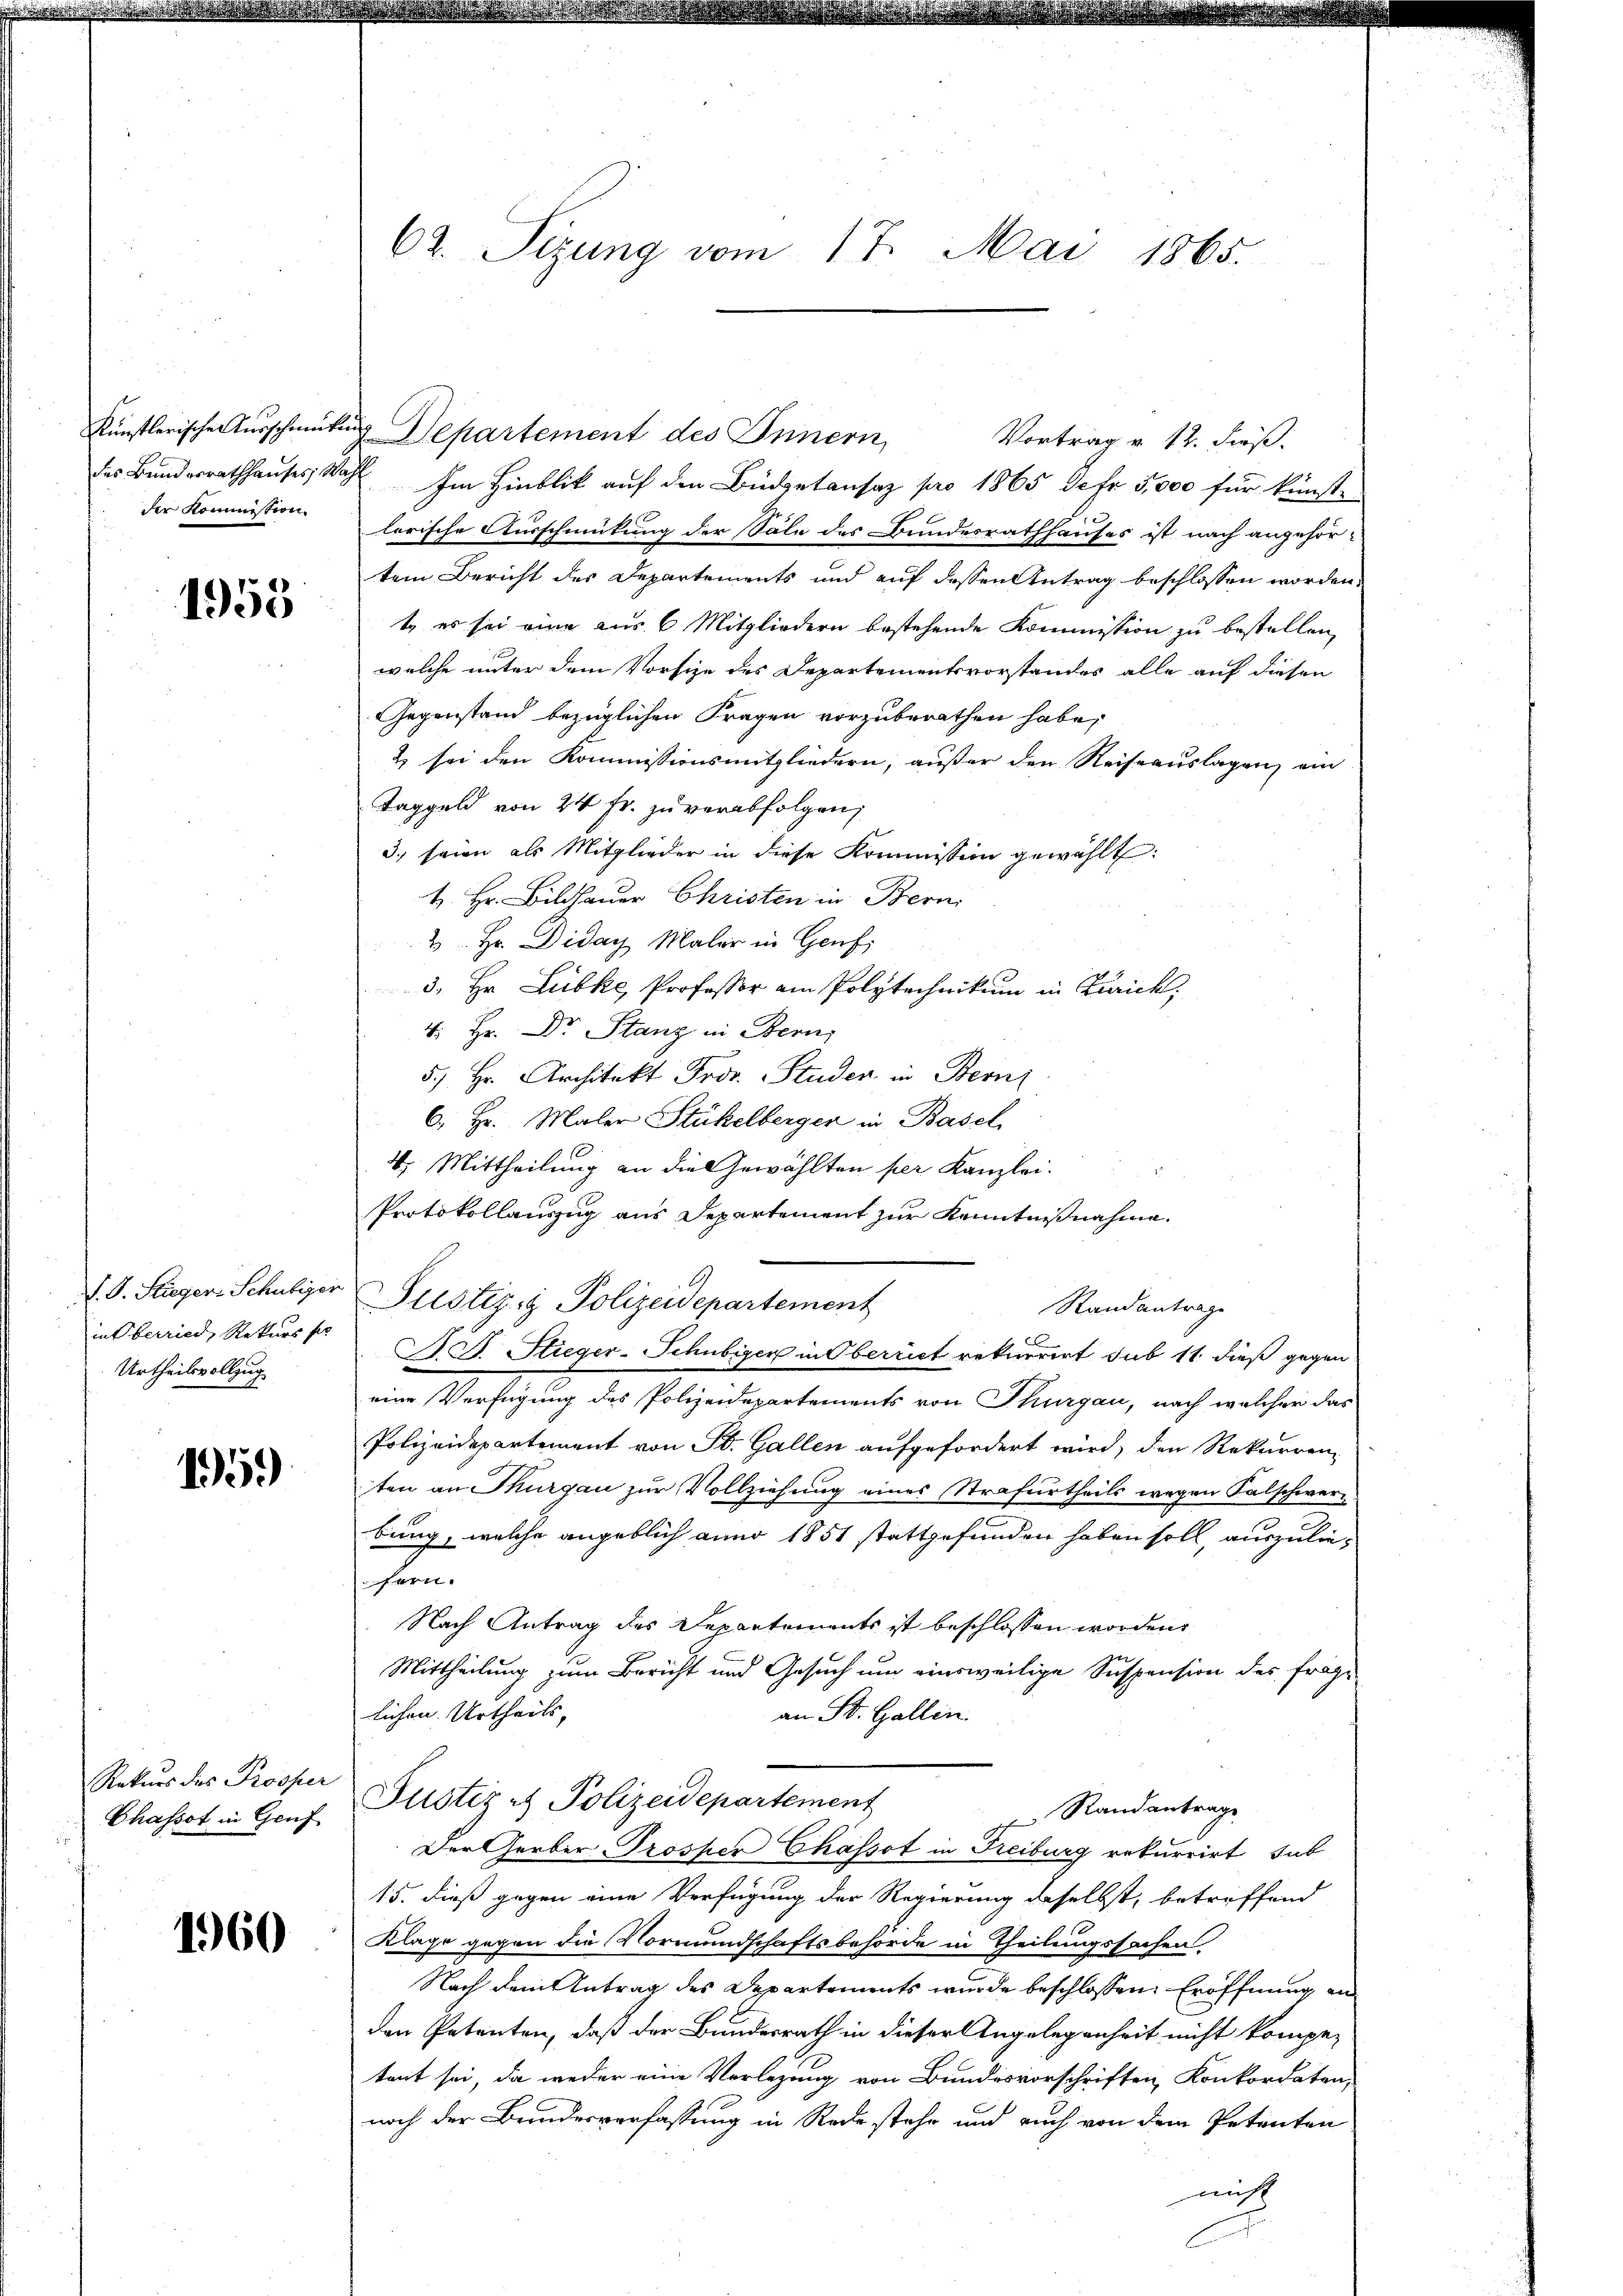
künstlerische Ausschmut.
des Bundesrathhauses, S.
der Kommission.

1955

J. J. Stieger Schubiger
in Oberried, Rekurs s
Urtheilsvollzug

1959

Rekurs des Prosper
Chassot in Gruf

1960

62. Sigung vom 17. Mai 1865.

Departement des Innern,
a. Im Hinblick auf den Büdgetansaz pro 1865 de fr 5,000 für künst-
lerische Ausschmückung der Säle des Bundesrathhauses ist nach angehör-
tem Bericht des Departements und auf dessen Antrag beschlossen worden.
t, es sei eine aus 6 Mitgliedern bestehende Kommission zu bestellen,
welche unter dem Vorsize des Departementsvorstandes alle auf diesen
Gegenstand bezüglichen Fragen vorzuberathen habe,
2 sei den Kommissionsmitgliedern, außer den Reiseauslagen ein
Taggeld von 24 Fr. zu verabfolgen;
3) seien als Mitglieder in diese Kommission gewählt:
H. Hr. Bildhauer Christen in Bern
2 Hr. Diday Maler in Genf
3. Hr. Lubke, Professor am Polytechnikum in Zürich,
4. Hr. Dr. Stanz in Bern
5.) Hr. Architekt Proz. Studen in Bern
6. Hr. Maler Stückelberger in Basel
4. Mittheilung an die Gewählten per Kanzlei.
Protokollanzug aus Departement zur Kenntnißnahme.
Justiz & Polizeidepartement
F. J. Stieger-Schubiger in Oberrich rekurrirt sub 11. dieß gegen
eine Verfügung des Polizeidepartements von Thurgau, nach welcher das
Polizeidepartement von St. Gallen aufgefordert wird, den Rekurrenz
ten an Thurgau zur Vollziehung eines Strafurtheils wegen Falschwerbung, welche angeblich anno 1851 stattgefunden haben soll, auszuliefern.
Nach Antrag des Departements ist beschlossen worden,
Mittheilung zum Bericht und Gesuch um einsweilige Suspension des frage
lichen Urtheils,
an St. Gallen.
Justiz & Polizeidepartement
 Randantrage
Der Gerber Prosper Chassot in Freiburg rekurrirt, sub
15. dieß gegen eine Verfügung der Regierung daselbst, betreffend
Klage gegen die Vormundschaftsbehörde in Theilungssachen.
Nach dem Antrag des Departements wurde beschlossen: Eröffnung an
den Petenten, daß der Bundesrath in dieser Angelegenheit nicht kompe-
tent sei, da weder eine Verlegung von Bundesvorschriften Konkordaten,
noch der Bundesverfassung in Rede stehe und auch von dem Petenten
nicht

Vortrag v. 12. dieß.

Standantrage